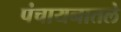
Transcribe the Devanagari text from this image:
पंचायनातले